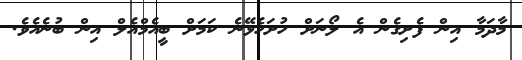
މާދަމާ އިން ފެށިގެން އެ ލޯނަށް ހުށަހެޅޭޭނެ ކަމަށް ބީއެމްއެލް އިން ބުނެއެވެ.